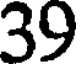
39